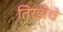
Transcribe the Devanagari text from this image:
तिरडीचे